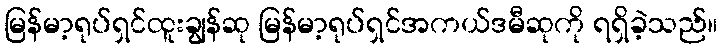
မြန်မာ့ရုပ်ရှင်ထူးချွန်ဆု မြန်မာ့ရုပ်ရှင်အကယ်ဒမီဆုကို ရရှိခဲ့သည်။